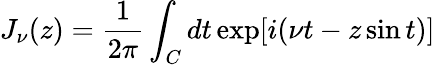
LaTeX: J_{\nu}(z)=\frac{1}{2\pi}\int_{C}dt\exp[i(\nu t-z\sin t)]